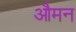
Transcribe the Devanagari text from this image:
औमन